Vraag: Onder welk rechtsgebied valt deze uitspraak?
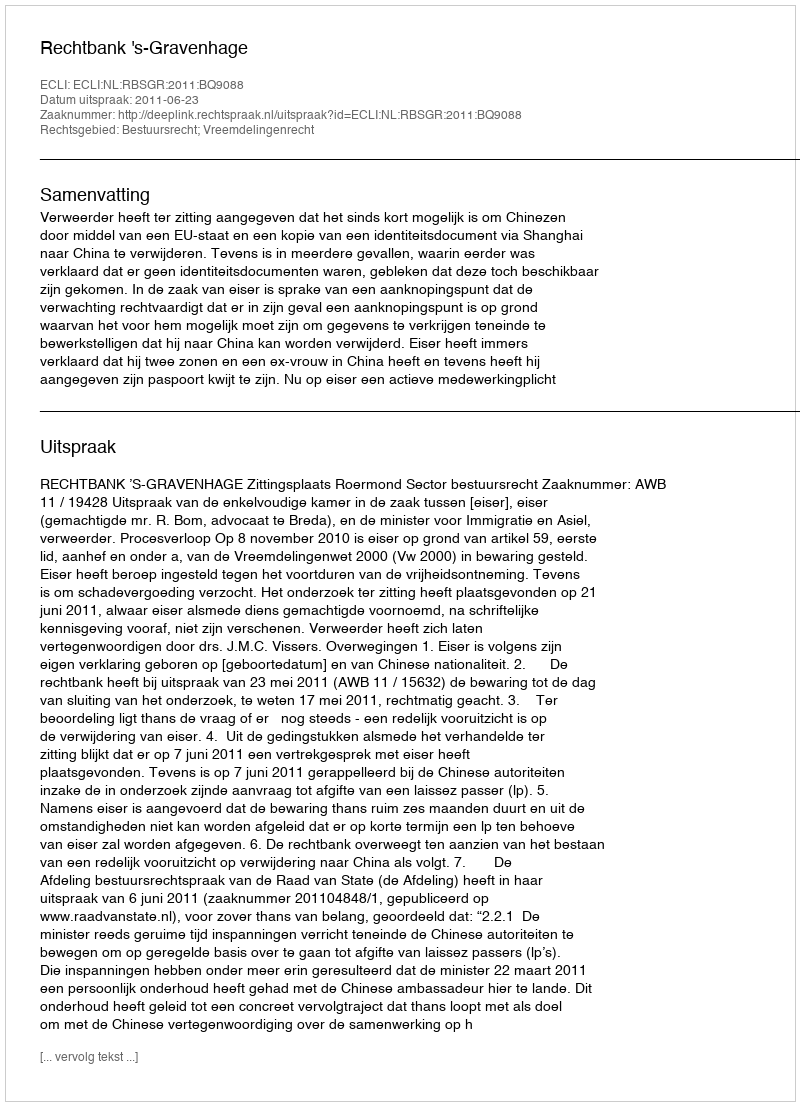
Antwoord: Bestuursrecht; Vreemdelingenrecht